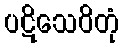
ပဋိသေဝိတုံ